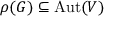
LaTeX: \rho ( G ) \subseteq { \mathrm { A u t } } ( V )